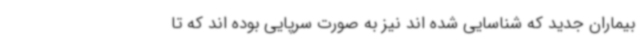
بیماران جدید که شناسایی شده اند نیز به صورت سرپایی بوده اند که تا